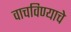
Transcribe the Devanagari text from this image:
वाचविण्याचे